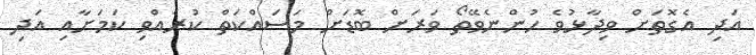
އަދި އެގޮތަށް ވިދާޅުވެ ހުންނެވޭތޯ ވަރަށް ބޮޑަށް މަސައްކަތް ކުރެއްވި ކަމަށާއި އަދި